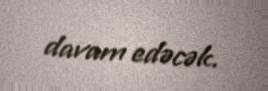
davam edəcək.